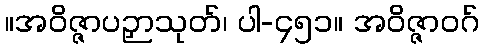
။အဝိဇ္ဇာပဉှာသုတ်၊ ပါ-၄၅၁။ အဝိဇ္ဇာဝဂ်